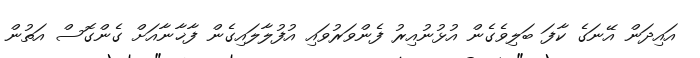
އައިދަން އޭނަގެ ކާފަ ބަލިވެގެން އުޅުނުއިރު ފެންވަރުވައި އުފުލާލައިގެން ފާޚާނާއަށް ގެންގޮސް އަތުން